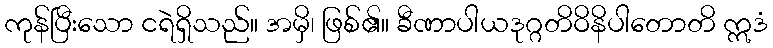
ကုန်ပြီးသော ငရဲရှိသည်။ အမှိ၊ ဖြစ်၏။ ခီဏာပါယဒုဂ္ဂတိဝိနိပါတောတိ ဣဒံ